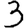
Digit: 3